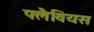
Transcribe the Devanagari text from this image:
फ्लैवियस